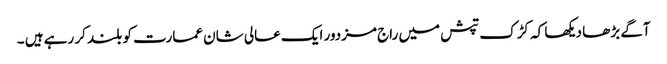
آگے بڑھا دیکھا کہ کڑک تپش میں راج مزدور ایک عالی شان عمارت کو بلند کر رہے ہیں ۔